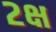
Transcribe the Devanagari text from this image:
२क्ष